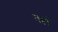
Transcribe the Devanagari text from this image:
तहो